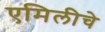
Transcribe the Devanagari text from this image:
एमिलीचे